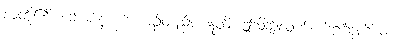
လူတို့၏။ ဘောဇနံ၊ ဘောဇဉ်တည်း။ ဣတိ၊ ဤသို့ဆိုလျက်။ ဗိဠင်္ဂဒုတိယံ၊